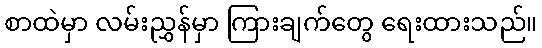
စာထဲမှာ လမ်းညွှန်မှာ ကြားချက်တွေ ရေးထားသည်။